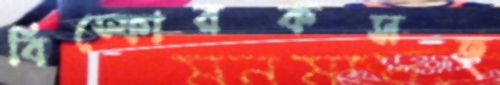
বিস্ফোরকসহ